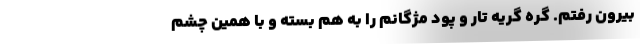
بیرون رفتم. گره گریه تار و پود مژگانم را به هم بسته و با همین چشم